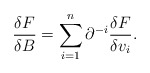
\begin{align*}\frac{\delta F}{\delta B} = \sum_{i=1}^n \partial^{-i} \frac{\delta F}{\delta v_i}.\end{align*}